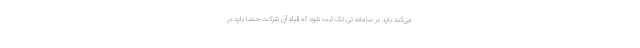
می‌کند باید در سامانه تی تک ثبت شود که قبلاً آن شرکت حتماً باید در